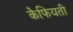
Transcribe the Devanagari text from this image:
कैफियती